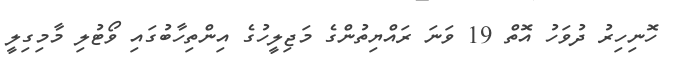
ހޮނިހިރު ދުވަހު އޮތް 19 ވަނަ ރައްޔިތުންގެ މަޖިލީހުގެ އިންތިހާބުގައި ވޯޓުލި މާމިގިލީ